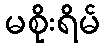
မစိုးရိမ်